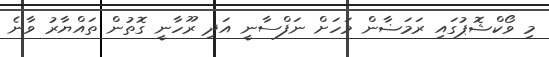
މި ވޯކްޝޮޕުގައި ރަމަޟާން މަހަށް ނަފްސާނީ އަދި ރޫހާނީ ގޮތުން ތައްޔާރު ވާނެ